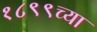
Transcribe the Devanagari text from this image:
१८९९च्या